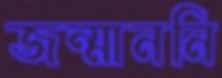
জন্মাননি